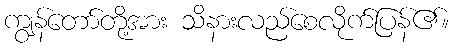
ကျွန်တော်တို့အား သိနားလည်စေလိုက်ပြန်၏။